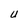
Character: U